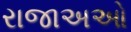
રાજાઅઓ